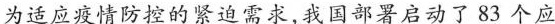
为适应疫情防控的紧迫需求，我国部署启动了83个应